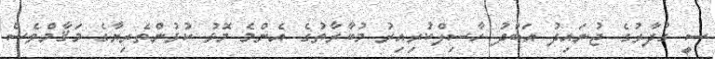
ސީ ގުދާރުގެ ޖުނައިދު އަބްދު ހާސިލްކުރިއިރު މުބާރާތުގެ އެންމެ މޮޅު ކުޅުންތެރިޔާގެ މަޤާމްވެސް